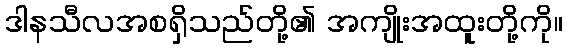
ဒါနသီလအစရှိသည်တို့၏ အကျိုးအထူးတို့ကို။